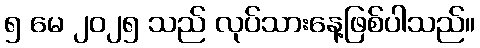
၅ မေ ၂၀၂၅ သည် လုပ်သားနေ့ဖြစ်ပါသည်။